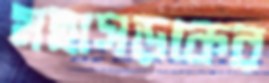
মহাসড়কের